Report on sanitation, dispensaries, and jails in Rajputana for 1915, and on vaccination for the year 1915-1916 - 1915-1916
Year: 1915
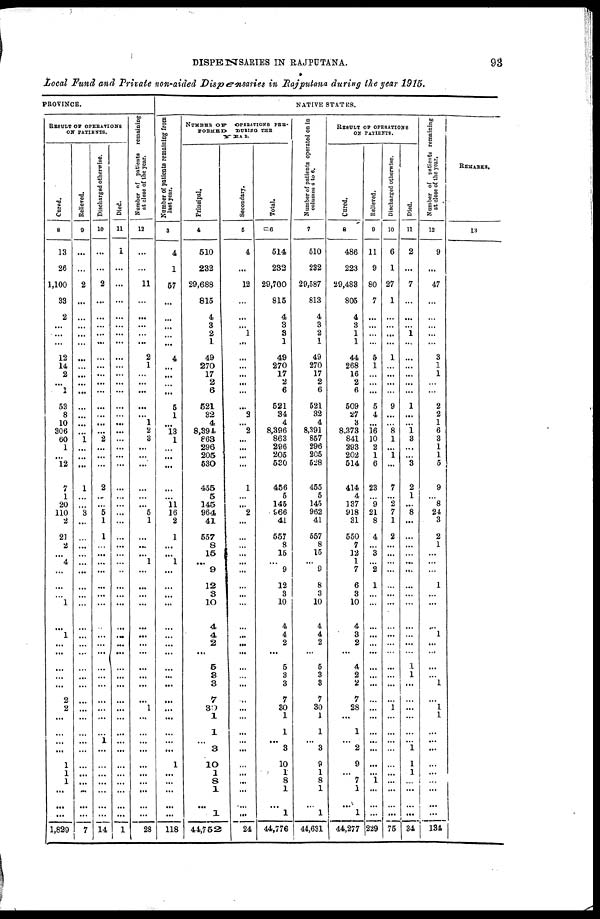
DISPENSARIES IN RAJPUTANA.
93
Local Fund and Private non-aided Dispensaries in Rajputana during the year 1915.
PROVINCE.
RESULT OF OPERATIONS
ON PATIENTS.
Cured.
8
13
26
1,100
33
2
...
...
...
12
14
2
...
1
53
8
10
306
60
1
...
12
7
1
20
110
2
21
2
...
4
...
...
...
1
...
1
...
...
...
...
...
2
2
...
...
...
...
1
1
1
...
...
...
1,829
Relieved.
9
...
...
2
...
...
...
...
...
...
...
...
...
...
...
...
...
...
1
...
...
...
1
...
...
3
...
...
...
...
...
...
...
...
...
...
...
...
...
...
...
...
...
...
...
...
...
...
...
...
...
...
...
...
7
Discharged otherwise.
10
...
...
2
...
...
...
...
...
...
...
...
...
...
...
...
...
...
2
...
...
...
2
...
...
5
1
1
...
...
...
...
...
...
...
...
...
...
...
...
...
...
...
...
...
...
1
...
...
...
...
...
...
...
14
Died.
11
1
...
...
...
...
...
...
...
...
...
...
...
...
...
...
...
...
...
...
...
...
...
...
...
...
...
...
...
...
...
...
...
...
...
...
...
...
...
...
...
...
...
...
...
...
...
...
...
...
...
...
...
...
1
N umber of patients remaining
at close of the year.
12
...
...
11
...
...
...
...
...
2
1
...
...
...
...
...
1
2
3
...
...
...
...
...
...
5
1
...
...
...
1
...
...
...
...
...
...
...
...
...
...
...
...
1
...
...
...
...
...
...
...
...
...
...
28
NATIVE STATES.
Number or patients remaining from
last year.
3
4
1
57
...
...
...
...
...
4
...
...
...
...
5
1
...
13
1
...
...
...
...
...
11
16
2
1
...
...
1
...
...
...
...
...
...
...
...
...
...
...
...
...
...
...
...
...
1
...
...
...
...
...
118
NUMBER OF
OPERATIONS PER¬
FORMED
DURING THE
YEAR.
Principal.
4
510
232
29,688
815
4
3
2
1
49
270
17
2
6
521
32
4
8,394
863
296
205
530
455
5
145
964
41
557
8
15
...
9
12
3
10
4
4
2
...
5
3
3
7
30
1
1
...
3
10
1
8
1
...
1
44,752
Secondary.
5
4
...
12
...
...
...
1
...
...
...
...
...
...
...
2
...
2
...
...
...
...
1
...
...
2
...
...
...
...
...
...
...
...
...
...
...
...
...
...
...
...
...
...
...
...
...
...
...
...
...
...
...
...
24
Total.
6
514
232
29,700
815
4
3
3
1
49
270
17
2
6
521
34
4
8,396
863
296
205
530
456
5
145
966
41
557
8
15
...
9
12
3
10
4
4
2
...
5
3
3
7
30
1
1
...
3
10
1
8
1
...
1
44,776
Number of patients operated on in
columns 4 to 6.
7
510
232
29,587
813
4
3
2
1
49
270
17
2
6
521
32
4
8,391
857
296
205
528
455
5
145
962
41
557
8
15
...
9
8
3
10
4
4
2
...
5
3
3
7
30
1
1
...
3
9
1
8
1
...
1
44,631
RESULT OF OPERATIONS
ON PATIENTS.
Cured.
8
486
223
29,483
805
4
3
1
1
44
268
16
2
6
509
27
3
8,373
841
293
202
514
414
4
137
918
31
550
7
12
1
7
6
3
10
4
3
2
...
4
2
2
7
28
...
1
...
2
9
...
7
1
...
1
44,277
Relieved.
9
11
9
80
7
...
...
...
...
5
1
...
...
...
5
4
...
16
10
2
1
6
23
...
9
21
8
4
...
3
...
2
1
...
...
...
...
...
...
...
...
...
...
...
...
...
...
...
...
...
1
...
...
...
229
Discharged otherwise.
10
6
1
27
1
...
...
...
...
1
...
...
...
...
9
...
...
8
1
...
1
...
7
...
2
7
1
2
...
...
...
...
...
...
...
...
...
...
...
...
...
...
...
1
...
...
...
...
...
...
...
...
...
...
75
Died.
11
2
...
7
...
...
...
1
...
...
...
...
...
...
1
...
...
1
3
...
...
3
2
1
...
8
...
...
...
...
...
...
...
...
...
...
...
...
...
1
1
...
...
...
...
...
...
1
1
1
...
...
...
...
34
Number of patients remaining
at close of the year.
12
9
...
47
...
...
...
...
...
3
1
1
...
...
2
2
1
6
3
1
1
5
9
...
8
24
3
2
1
...
...
...
1
...
...
...
1
...
...
...
...
1
...
1
1
...
...
...
...
...
...
...
...
...
134
REMARKS.
13